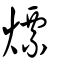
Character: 熛